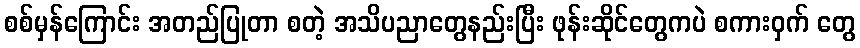
စစ်မှန်ကြောင်း အတည်ပြုတာ စတဲ့ အသိပညာတွေနည်းပြီး ဖုန်းဆိုင်တွေကပဲ စကားဝှက် တွေ